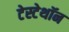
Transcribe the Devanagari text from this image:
टेस्टेथॉन